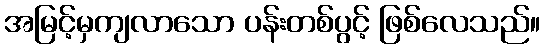
အမြင့်မှကျလာသော ပန်းတစ်ပွင့် ဖြစ်လေသည်။